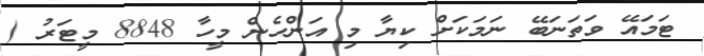
ޓަމައޭ ވަތަނަބޭ ނަމަކަށް ކިޔާ މި އަންހެން މީހާ 8848 މީޓަރު (